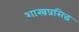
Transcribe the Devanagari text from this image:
शास्त्रप्रसिद्ध